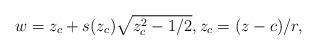
LaTeX: \begin{align*}w = z_c + s(z_c)\sqrt{z_c^2-1/2}, z_c = (z-c)/r,\end{align*}